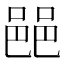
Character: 䣈